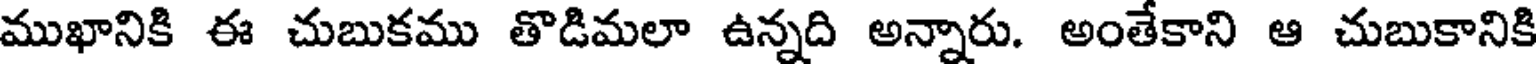
ముఖానికి ఈ చుబుకము తొడిమలా ఉన్నది అన్నారు. అంతేకాని ఆ చుబుకానికి